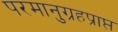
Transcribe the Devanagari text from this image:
परमानुग्रहप्राप्त